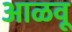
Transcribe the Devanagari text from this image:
आळवू